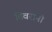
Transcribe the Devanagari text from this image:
तिवरांनी